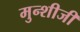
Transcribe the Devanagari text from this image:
मुन्शीजी